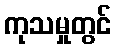
ကုသမှုတွင်